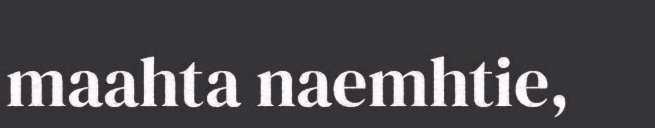
maahta naemhtie,